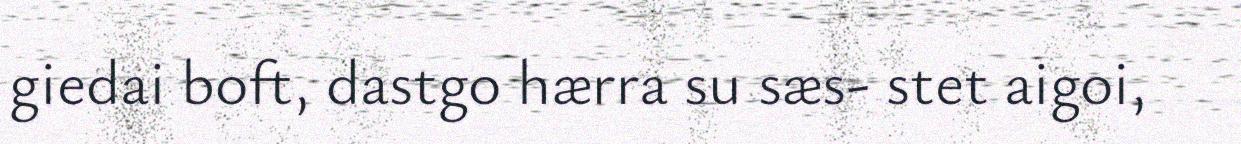
giedai boft, dastgo hærra su sæs- stet aigoi,